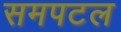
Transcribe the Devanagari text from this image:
समपटल